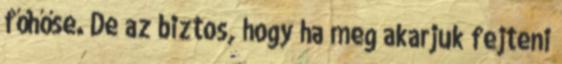
főhőse. De az biztos, hogy ha meg akarjuk fejteni